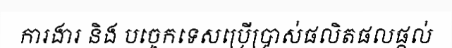
ការងារ និង បច្ចេកទេសប្រើប្រាស់ផលិតផលផ្តល់